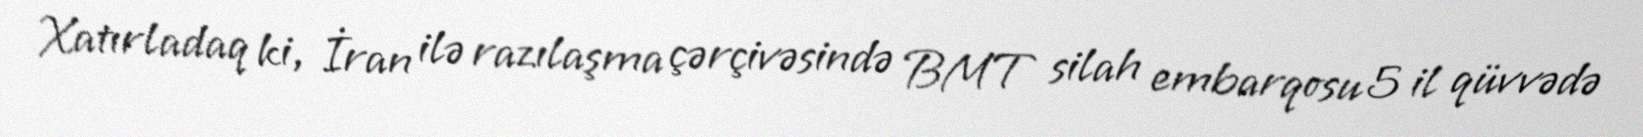
Xatırladaq ki, İran ilə razılaşma çərçivəsində BMT silah embarqosu 5 il qüvvədə